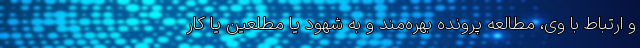
و ارتباط با وی، مطالعه پرونده بهره‌مند و به شهود یا مطلعین یا کار